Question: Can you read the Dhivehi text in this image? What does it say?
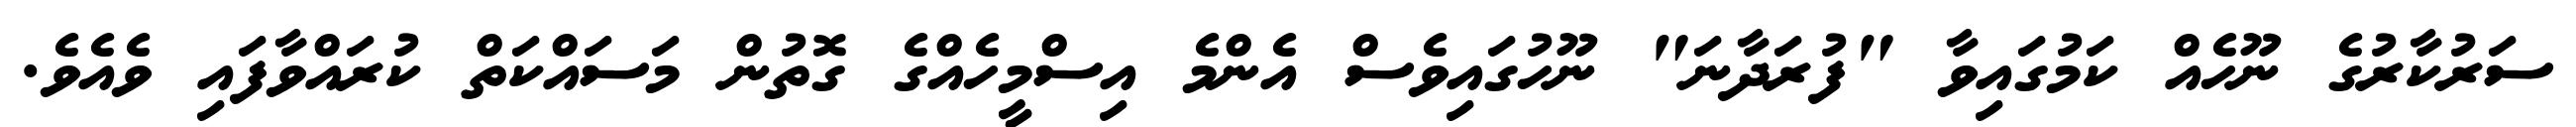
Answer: ސަރުކާރުގެ ނޫހެއް ކަމުގައިވާ "ފުރަދާނަ" ނޫހުގައިވެސް އެންމެ އިސްމީހެއްގެ ގޮތުން މަސައްކަތް ކުރައްވާފައި ވެއެވެ.